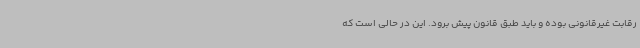
رقابت غیرقانونی بوده و باید طبق قانون پیش برود. این در حالی است که